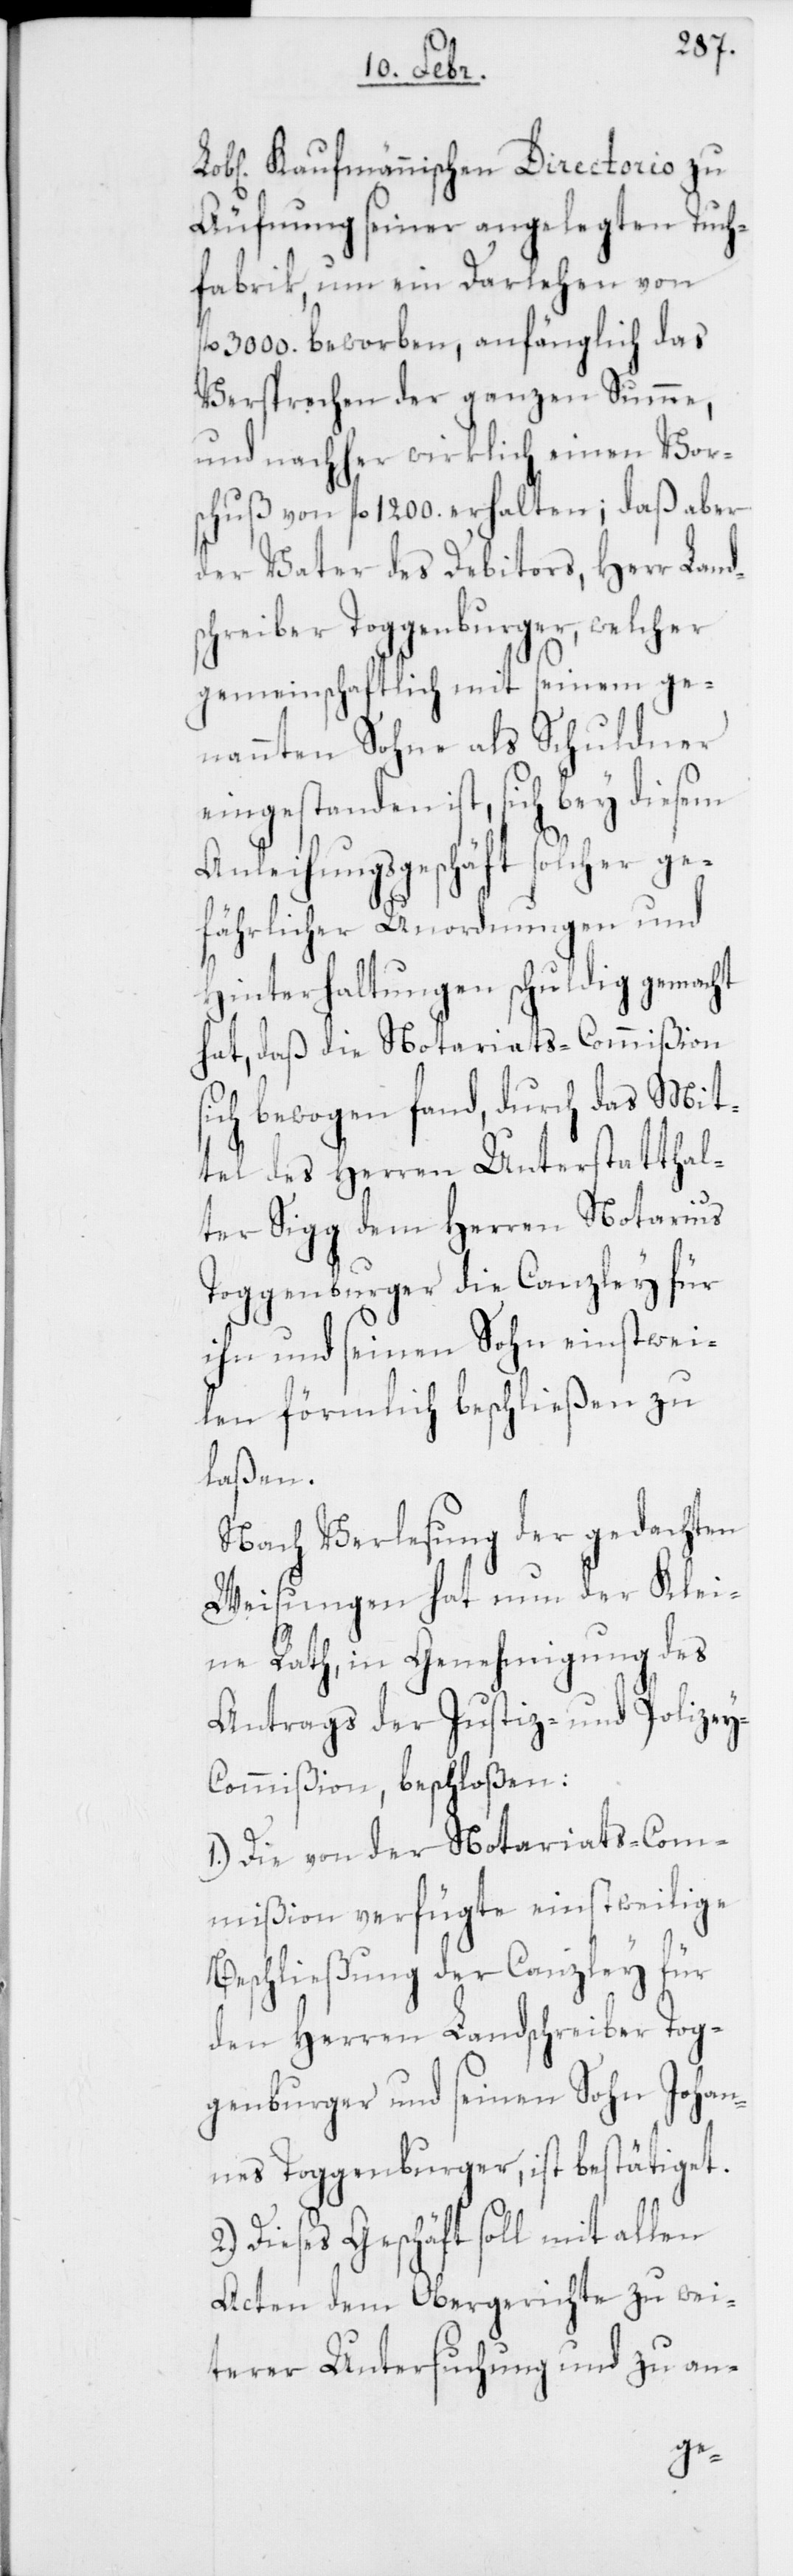
2.)
Kaufmännischen Directorio zu
Äufnung seiner angelegten Tuch¬
fabrik, um ein Darlehen von
3000. beworben, anfänglich das
Versprechen der ganzen Summe,
und nachher wirklich einen Vor¬
schuß von fl. 1200. erhalten; daß aber
der Vater des Debitors, Herr Land¬
schreiber Toggenburger, welcher
gemeinschaftlich mit seinem ge¬
nannten Sohne als Schuldner
eingestanden ist, sich bey diesem
Anleihungsgeschäft solcher ge¬
fährlicher Unordnungen und
Hinterhaltungen schuldig gemacht
hat, daß die Notariats-Commißion
sich bewogen fand, durch das Mit¬
tel des Herren Unterstatthal¬
ter Sigg dem Herren Notarius
Toggenburger die Canzley für
ihn und seinen Sohn einstwei¬
len förmlich beschließen zu
laßen.
Nach Verlesung der gedachten
Weisungen hat nun der Klei¬
ne Rath, in Genehmigung des
Antrags der Justiz- und Polizey-C¬
ommißion, beschloßen:
1.) Die von der Notariats-Com¬
mißion verfügte einstweilige
Beschließung der Canzley für
den Herren Landschreiber Tog¬
genburger und seinen Sohn Johan¬
nes Toggenburger, ist bestätiget.
Dieses Geschäft soll mit allen
Acten dem Obergerichte zu wei¬
terer Untersuchung und zu an-